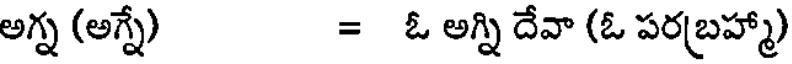
అగ్న (అగ్నే) = ఓ అగ్ని దేవా (ఓ పరబ్రహ్మా)